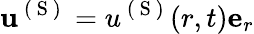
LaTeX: \mathbf{u}^{\mathrm{~(~S~)~}}=u^{\mathrm{~(~S~)~}}(r,t)\mathbf{e}_{r}